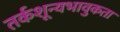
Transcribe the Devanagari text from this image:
तर्कशून्यभावुकता